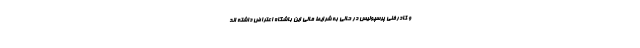
و کادرفنی پرسپولیس در حالی به شرایط مالی این باشگاه اعتراض داشته اند